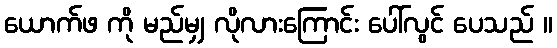
ယောက်ဖ ကို မည်မျှ လိုလားကြောင်း ပေါ်လွင် ပေသည် ။